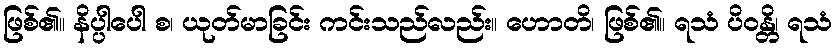
ဖြစ်၏။ နိပ္ပါပေါ စ၊ ယုတ်မာခြင်း ကင်းသည်လည်း။ ဟောတိ၊ ဖြစ်၏။ ရသံ ပိဝန္တိ၊ ရသံ